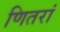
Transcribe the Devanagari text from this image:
णितरां